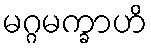
မဂ္ဂမက္ခာဟိ